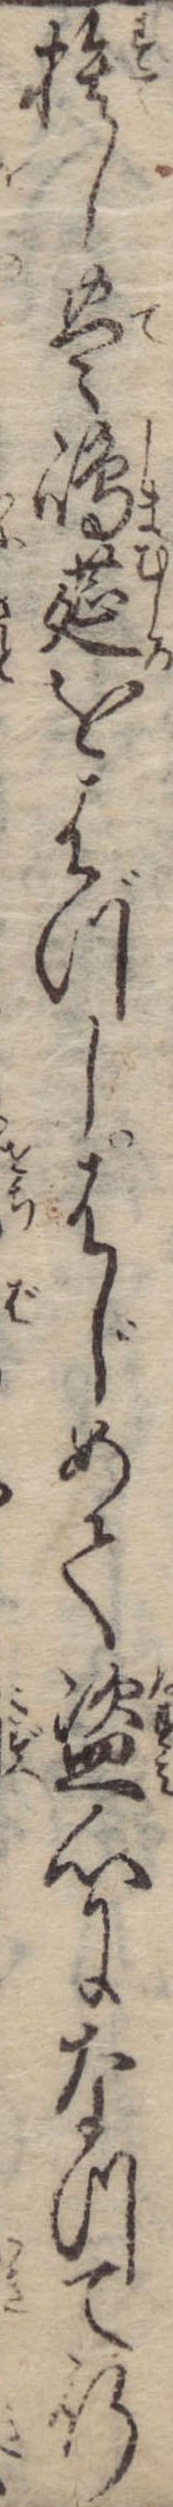
捨し豊島莚をはづしはじめて盗心になつて行